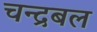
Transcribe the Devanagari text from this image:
चन्द्रबल